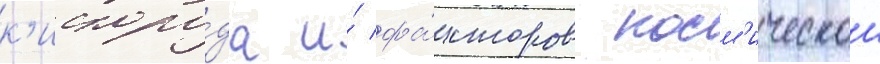
к'ислоро́да и́ фа́кторов косм'ическои